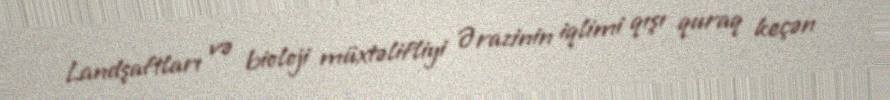
Landşaftları və bioloji müxtəlifliyi Ərazinin iqlimi qışı quraq keçən